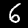
Digit: 6